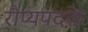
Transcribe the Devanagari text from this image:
रौप्यपदके